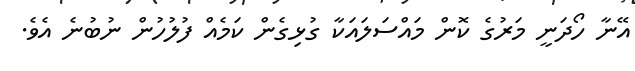
އޭނާ ހޯދަނީ މަރުގެ ކޮން މައްސަލައަކާ ގުޅިގެން ކަމެއް ފުލުހުން ނުބުނެ އެވެ.